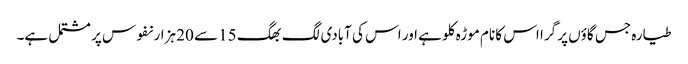
طیارہ جس گاؤں پر گرا اس کا نام موڑہ کلو ہے اور اس کی آبادی لگ بھگ 15 سے 20 ہزار نفوس پر مشتمل ہے۔